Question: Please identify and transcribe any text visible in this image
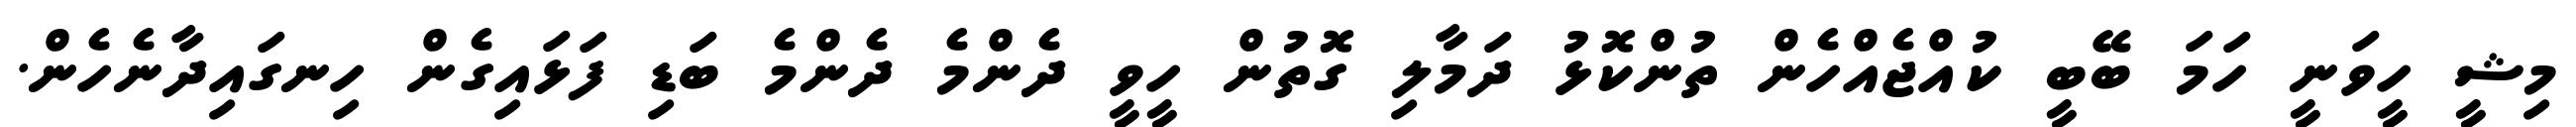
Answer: މިޝީ ހީވަނީ ހަމަ ބޭބީ ކުއްޖެއްހެން ތުންކޮޅު ދަމާލި ގޮތުން ހީވީ ދެންމެ ދެންމެ ބަޑި ފަޅައިގެން ހިނގައިދާނެހެން.